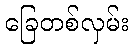
ခြေတစ်လှမ်း